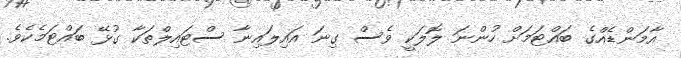
އާމަންޑެއްގެ ބައްޓަމަށް ހުންނަ ލޮލަކީ ވެސް ގިނަ އައިލައިނާ ސްޓައިލްތަކާ ގުޅޭ ބައްޓަމެކެވެ.